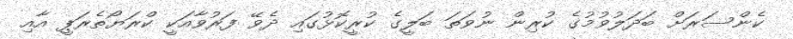
ކެންސަރަށް ބަދަލުވުމުގެ ކުރިން ނުވަތަ ބަލީގެ ކުރީކޮޅުގައި ދެވޭ ފަރުވާއަކީ ކްރަޔޯތެރަޕީ އާއި